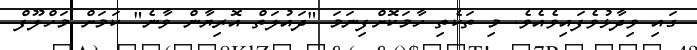
ގައި ވިދާޅުވެފައިވެއެވެ. މި ތަކެތި ހާމަކޮށްފިނަމަ "ދައުލަތް އޮރިޔާން ވާނެ" ކަމަށް މަހްލޫފް